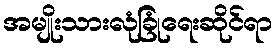
အမျိုးသားလုံခြုံရေးဆိုင်ရာ